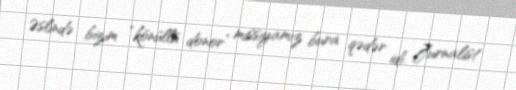
Əslində bizim “könüllü donor” missiyamız bura qədər idi. Jurnalist